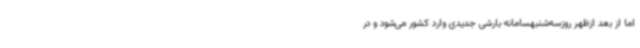
اما از بعد ازظهر روزسه‌شنبهسامانه بارشی جدیدی وارد کشور می‌شود و در